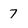
Character: 7